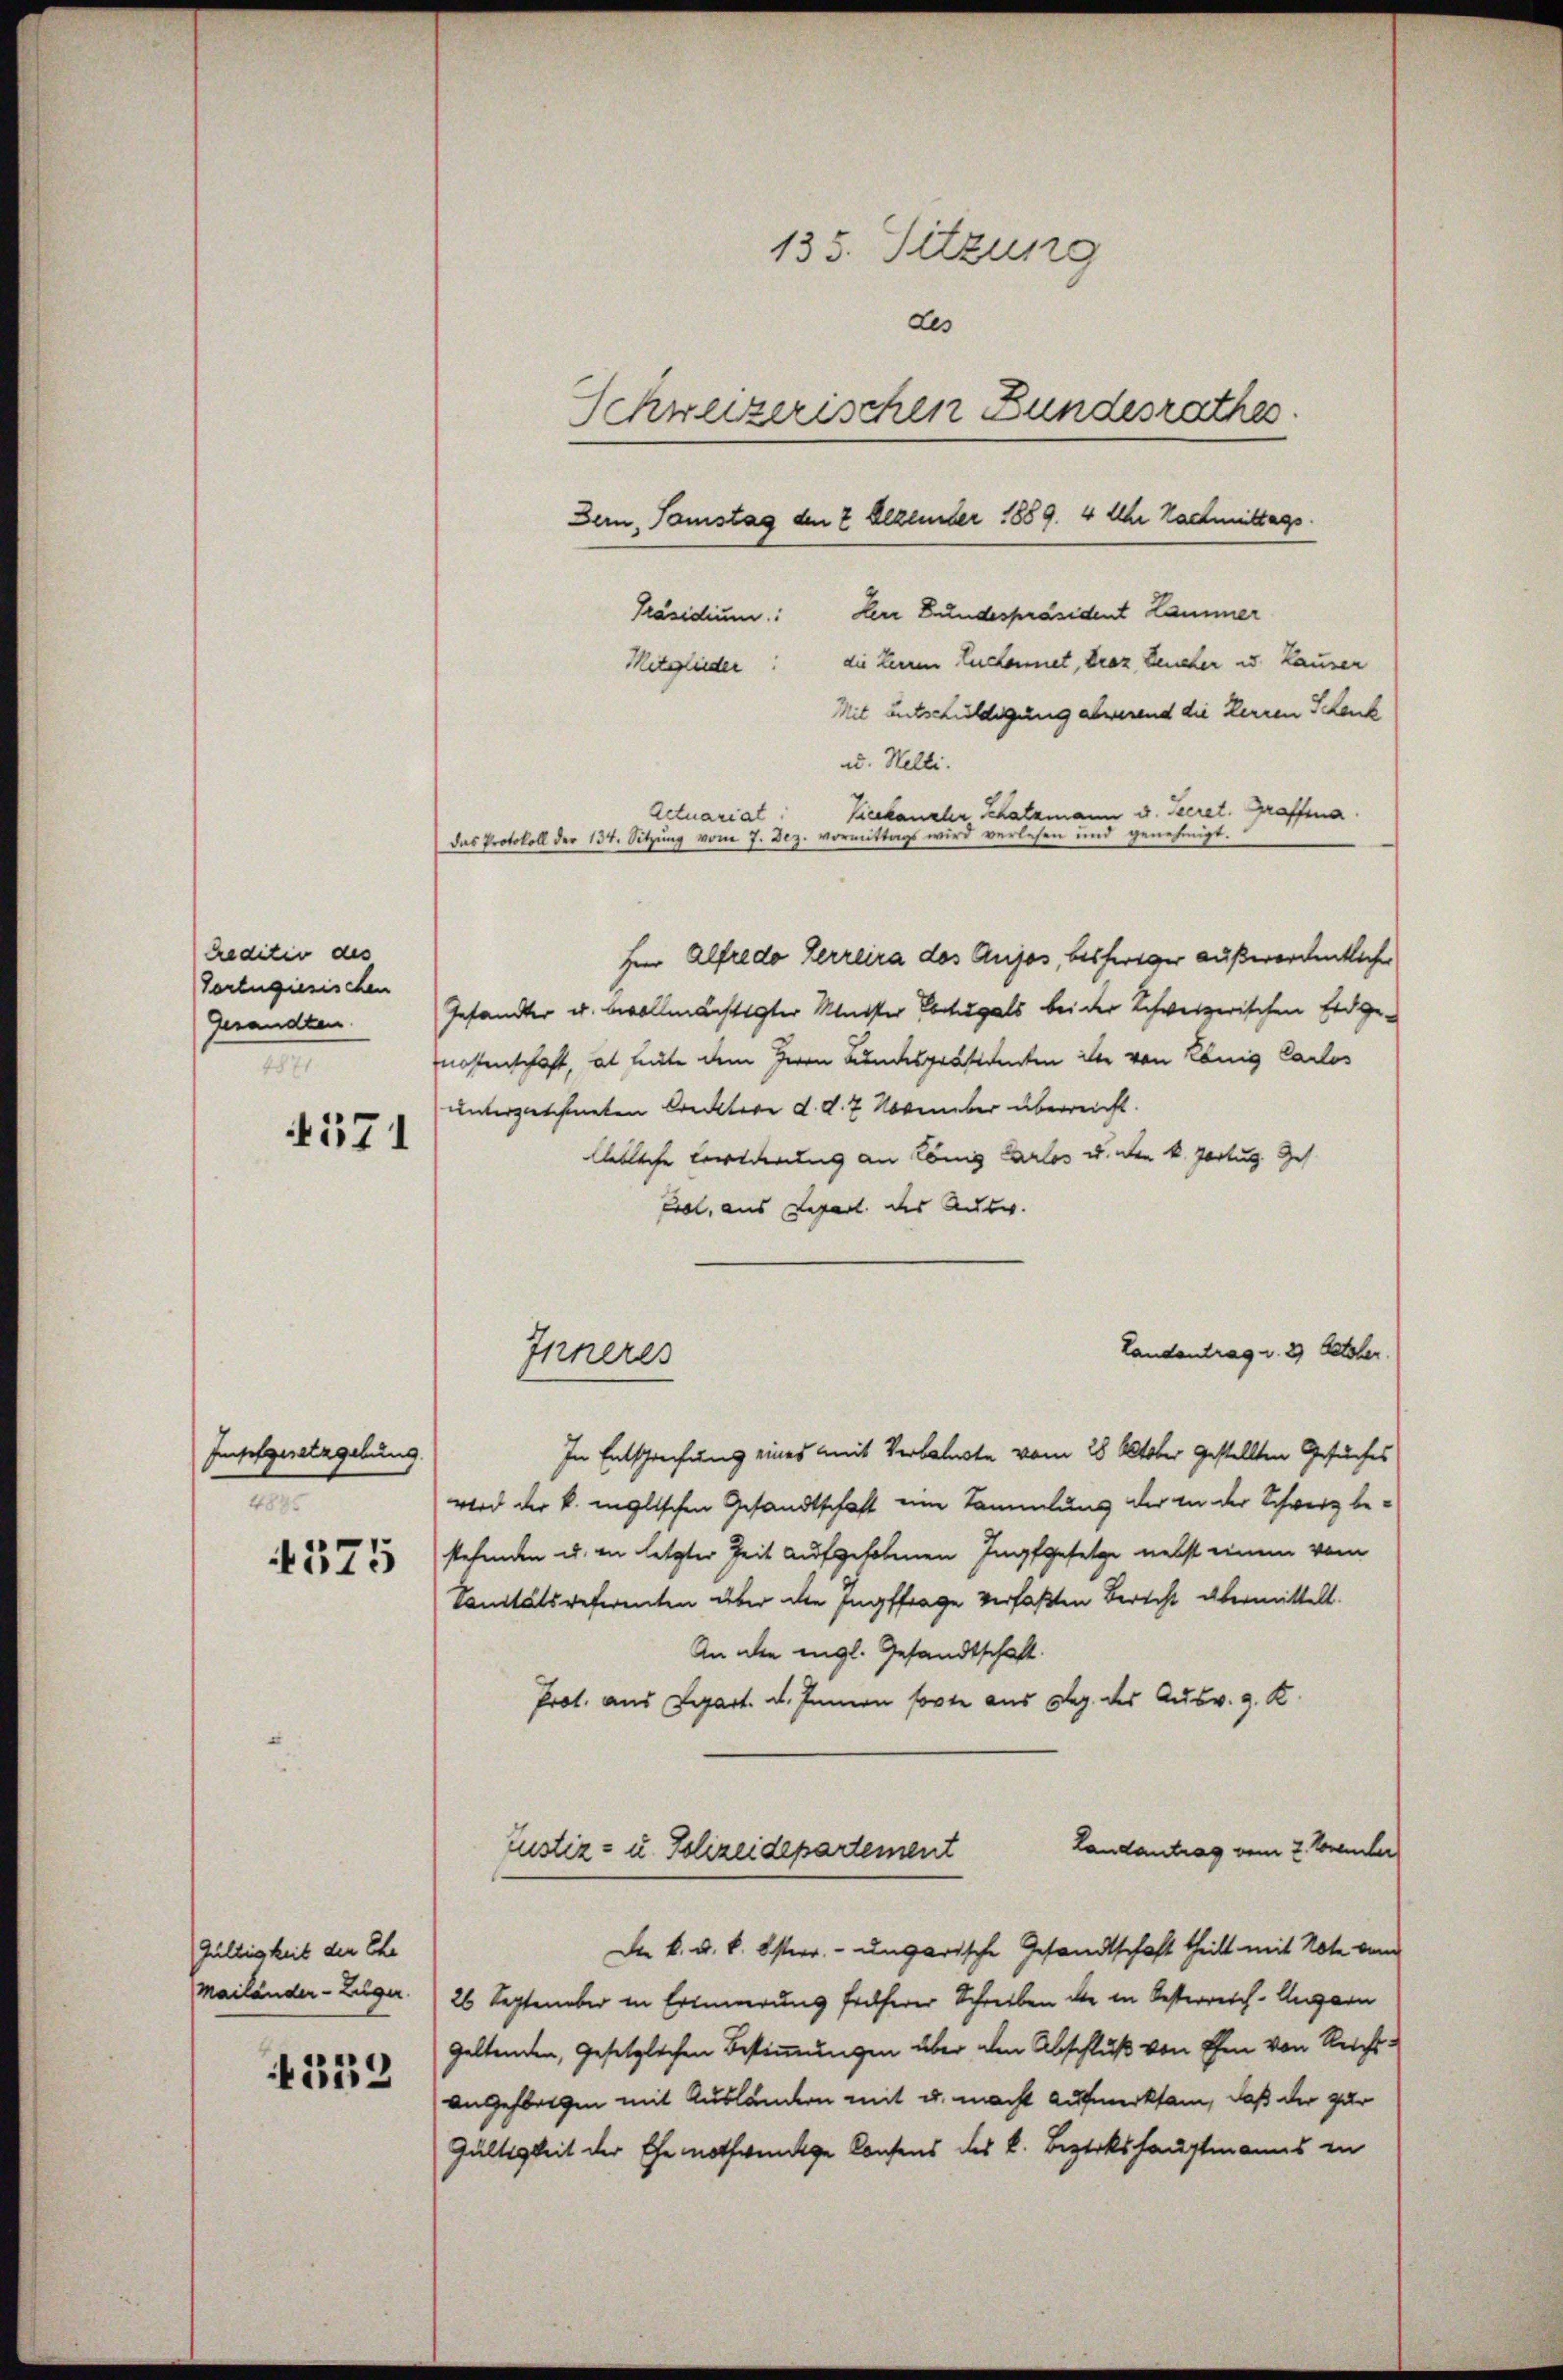
creditio des
Vorzugiesischen
Gesandten
m
4571

Impfgesetzgebung
t
4375

Gültigkeit der Ehe
Mailänder-Luger.
559

135. Sitzung
des
Schweizerischen Bundesrathes.
Bern, Tamstag den 2 Dezember 1889. 4 Uhr Nachmittags.
Präsidium: Herr Bundespräsident Lammer
die Herren Euckennet, draz Deucher u. Hauser
Mitglieder
Mit Entschuldigung abwerend die Herren Schenk
u. Helli.
Kieekanzler Schatzmann u. Secret. Graffena.
Actuariat
das Protokoll der 134. Sitzung vom 7. Dez. vormittags wird verlesen und genehmigt.

Herr Alfredo Herreira des Aujus, bisheriger außerordentlichen
Gesandter u. bevollmächtigter Meister Etugals bei der Schweizerischen Eidgenossenschaft, al heute dem Herrn Bundespräsidenten ist von König Carlos
unterzeichneten Crecktere d. d. 7. November überreicht.
lebache Corderung an König Carlos u. den k. Portug. Ges
Erl, aus Repart des Ausw.
Landantrag u. 2 October
In Entsprechung eines mit Verbaluste vom 28 Oktober gestellten Gesuches
wird der k. inglischen Gesandtschaft eine Sammlung der in der Schwerz bestehenden u. in letzter Zeit aufgehobenen Ingfgesetze nebst einem vom
Sanitätsreferenten über die Engsfrage verfaßten Berecht übermittelt.
An den engl. Gesandtschaft
Prot. aus Depart. d. Junion sorte aus Reg. des Ausv. g. K.
Landantrag vom 2. November
Justiz- u. Polizeidepartement
De k. u. k. Osterr. ungarische Gesandtschaft theilt mit Note vom
26 September in Erinnerung früherer Schreiben die in Oesterreich-Ungarn
geltenden, gesetzlichen Bestimmungen über den Abschluß von Ehen von Reichsangeflogen mit Ausländern mit u. macht aufmerksam, daß der zur
Gültigkeit der Ehe nothwendige Consens des k. Bezirkshauptmanns in

Inneres